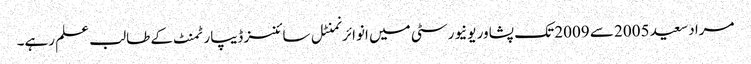
مراد سعید 2005 سے 2009 تک پشاور یونیورسٹی میں انوائرنمنٹل سائنسز ڈیپارٹمنٹ کے طالب علم رہے۔